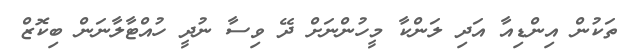
ތަކުން އިންޑިއާ އަދި ލަންކާ މީހުންނަށް ދޭ ވިސާ ނުދީ ހުއްޓާލާނަން ބިކޮޒް